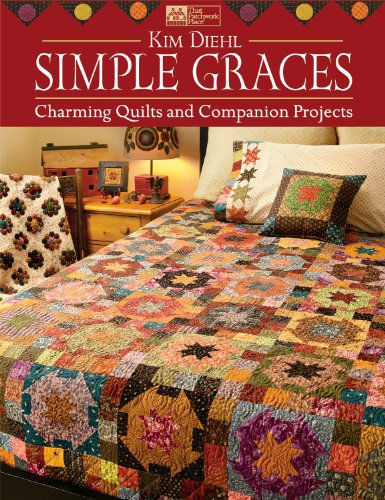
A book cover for Simple Graces: Charming Quilts and Companion Projects; Kim Diehl; Crafts, Hobbies & Home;